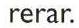
rerar.